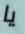
يا